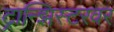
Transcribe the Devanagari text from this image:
ट्रान्झिस्टरवर